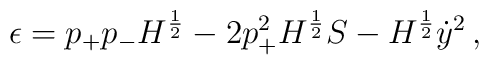
\epsilon = p_{+}p_{-}H^{1\over2} - 2 p_{+}^2 H^{1\over2} S - H^{1\over2}\dot{y}^2 \, ,